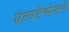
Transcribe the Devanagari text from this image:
एंटरटेन्मेन्टने